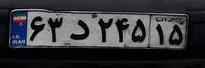
۶۳د۲۴۵۱۵